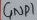
Text: GND1